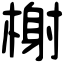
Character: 榭